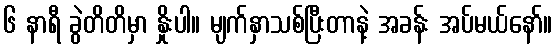
၆ နာရီ ခွဲတိတိမှာ နှိုးပါ။ မျက်နှာသစ်ပြီးတာနဲ့ အခန်း အပ်မယ်နော်။